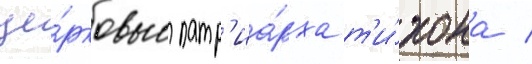
це́рковью патр'иа́рха т'и́хона /